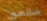
ضائعون